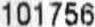
101756